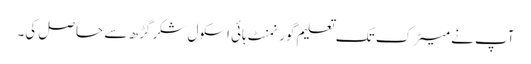
آپ نے میٹرک تک تعلیم گورنمنٹ ہائی اسکول شکر گڑھ سے حاصل کی۔